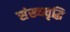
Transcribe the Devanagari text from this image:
संख्यवृद्धि